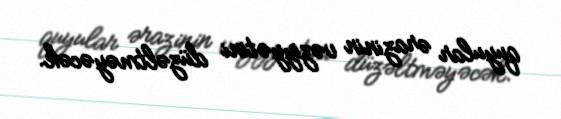
quyular ərazinin vəziyyətini düzəltməyəcək.